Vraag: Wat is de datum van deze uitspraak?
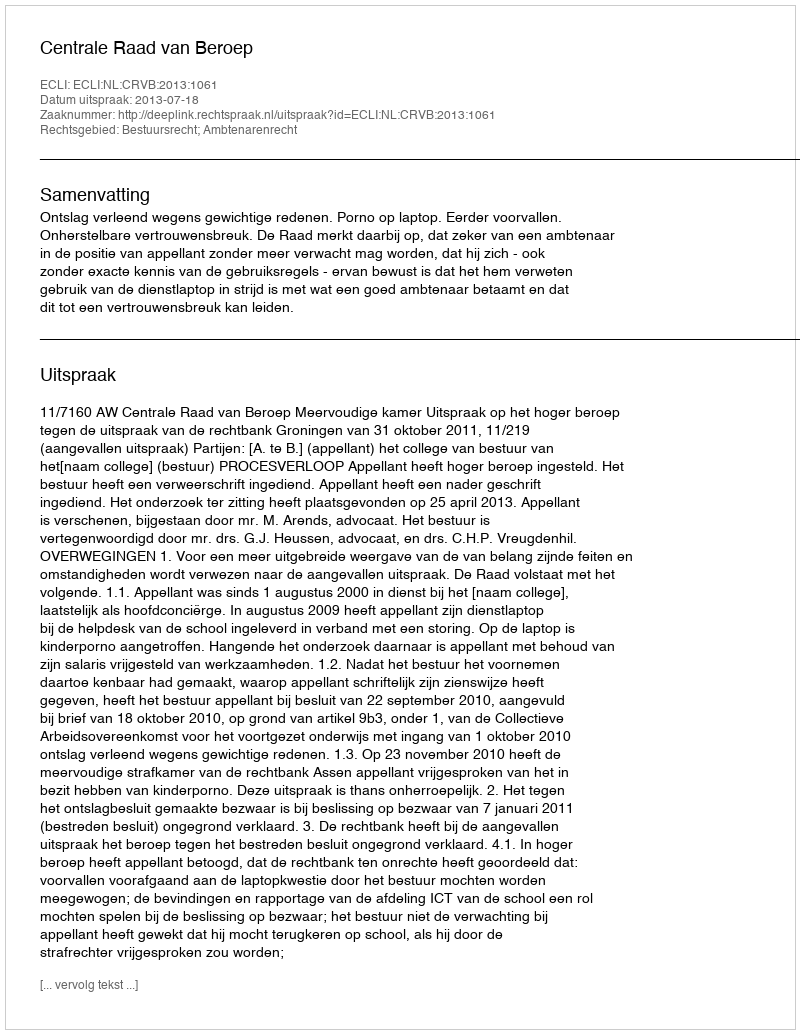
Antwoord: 2013-07-18